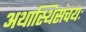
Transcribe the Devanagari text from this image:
अथास्थिसंचयः